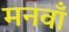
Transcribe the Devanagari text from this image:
मनवाँ